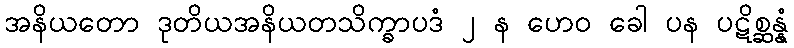
အနိယတော ဒုတိယအနိယတသိက္ခာပဒံ ၂ န ဟေဝ ခေါ ပန ပဋိစ္ဆန္နံ